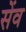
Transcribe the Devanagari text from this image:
सेंव